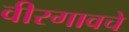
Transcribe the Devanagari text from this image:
वीरगावचे